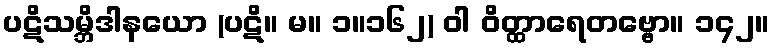
ပဋိသမ္ဘိဒါနယော (ပဋိ။ မ။ ၁။၁၆၂) ဝါ ဝိတ္ထာရေတဗ္ဗော။ ၁၄၂။